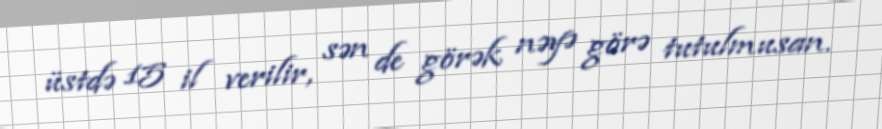
üstdə 15 il verilir, sən de görək nəyə görə tutulmusan.